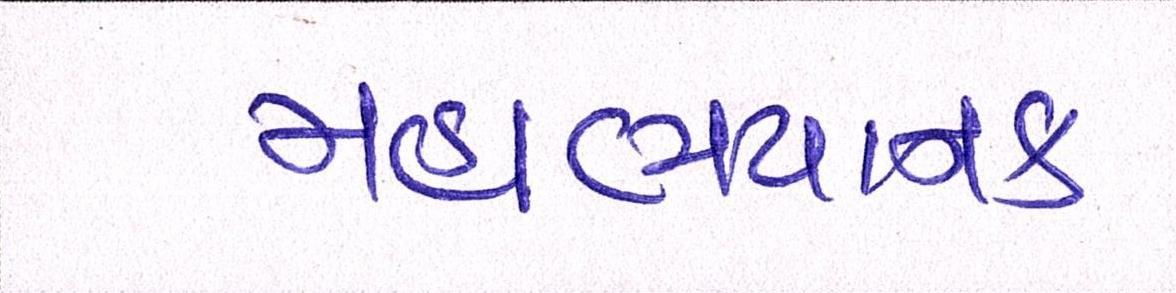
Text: મહાભયાનક